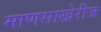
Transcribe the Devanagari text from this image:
माणसाखेरीज